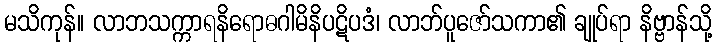
မသိကုန်။ လာဘသက္ကာရနိရောဓဂါမိနိပဋိပဒံ၊ လာဘ်ပူဇော်သကာ၏ ချုပ်ရာ နိဗ္ဗာန်သို့